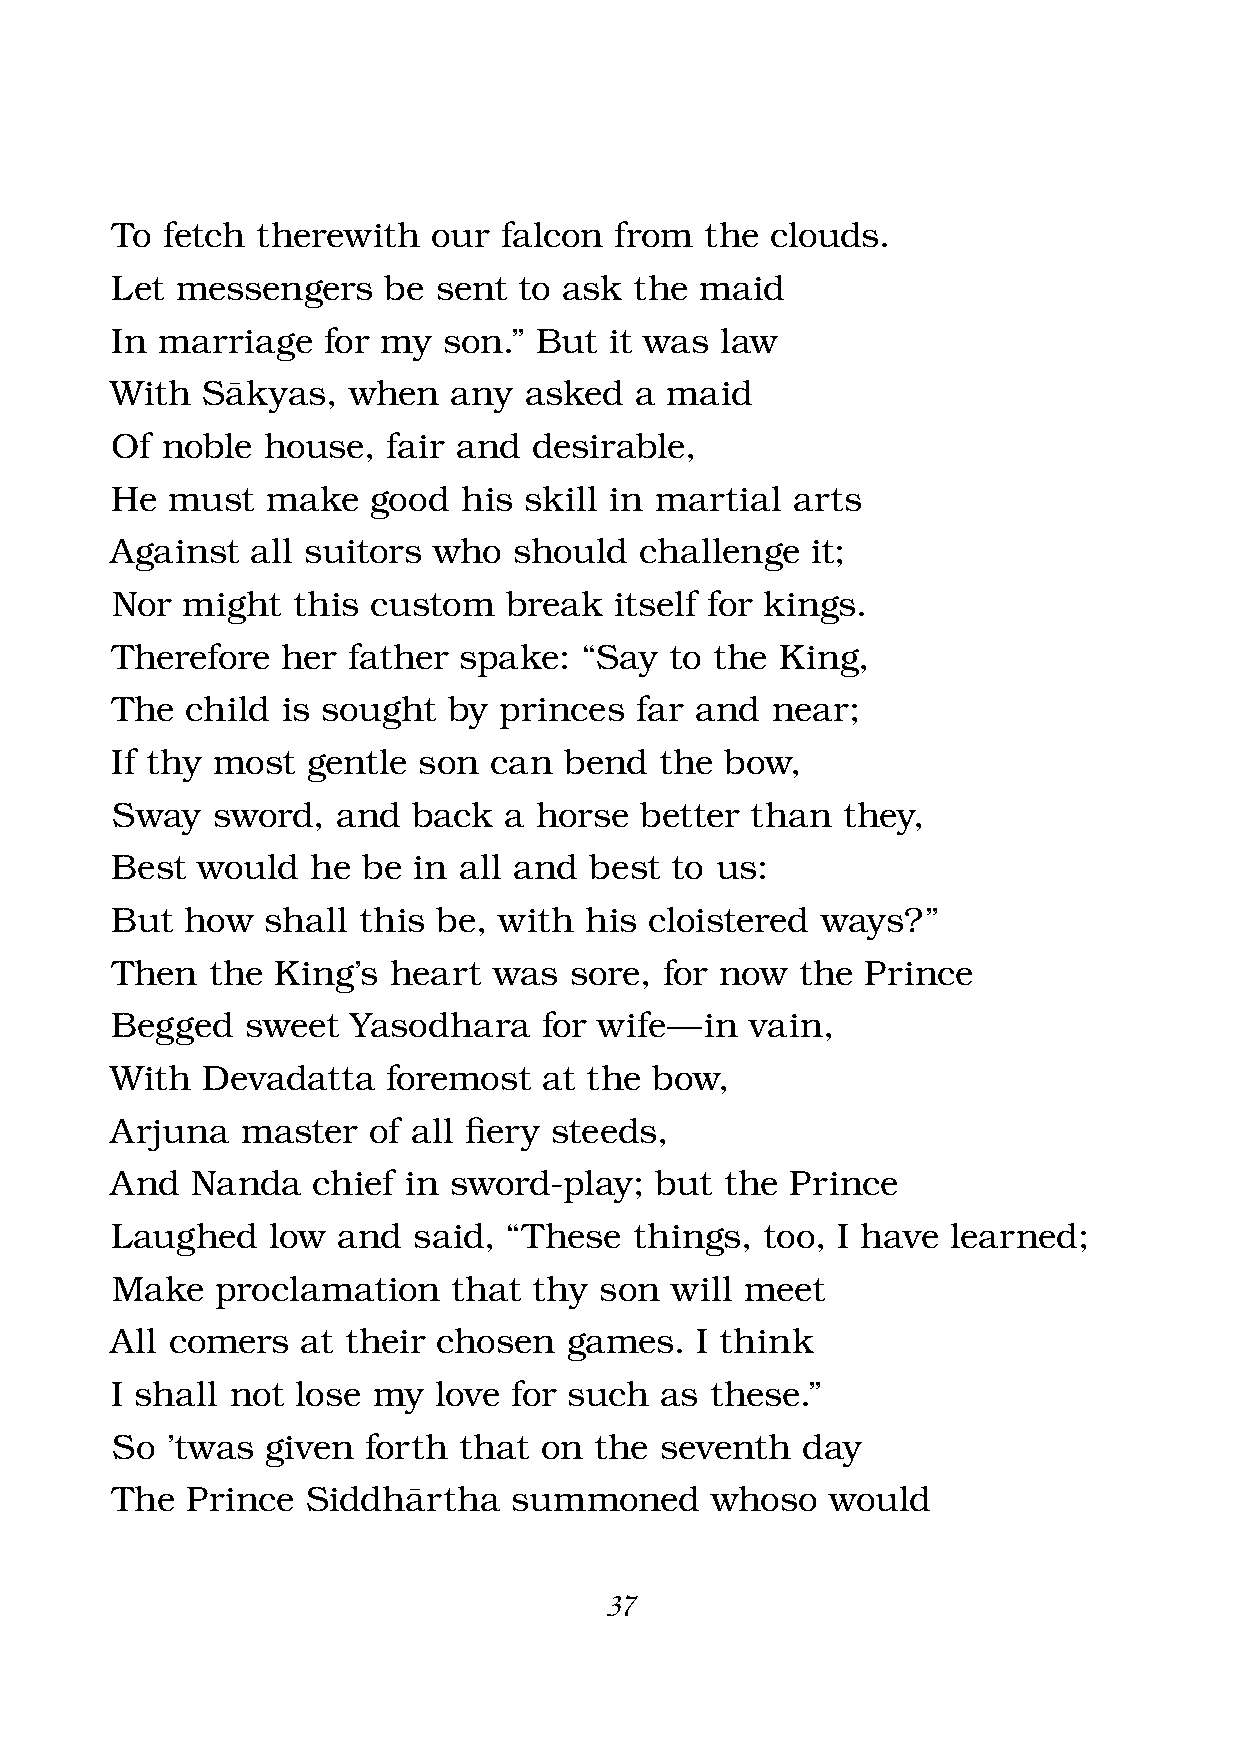
To  fetch therewith   our falcon  from  the clouds.
 Let  messengers   be  sent to ask  the maid
 In marriage   for my  son.” But  it was  law
 With  Sàkyas,   when   any  asked  a maid
 Of  noble house,   fair and desirable,
 He  must   make   good  his skill in martial arts
 Against   all suitors who  should  challenge   it;
 Nor  might  this  custom  break   itself for kings.
 Therefore   her father spake:  “Say  to the  King,
 The  child  is sought  by princes  far and  near;
 If thy most  gentle  son can  bend   the bow,
 Sway   sword,  and  back  a horse  better  than  they,
 Best  would   he be in all and  best to us:
 But  how  shall  this be, with  his cloistered ways?”
 Then   the King’s  heart  was  sore, for now  the Prince
 Begged   sweet  Yasodhara    for wife — in vain,
 With  Devadatta    foremost  at the bow,
 Arjuna   master  of all fi ery steeds,
 And   Nanda   chief in sword-play;  but  the Prince
 Laughed    low and  said,  “These  things,  too, I have learned;
 Make   proclamation    that thy  son will meet
 All comers   at their chosen   games.  I think
 I shall not  lose my  love for such  as these.”
 So  ’twas  given forth that  on the  seventh  day
 The  Prince  Siddhàrtha    summoned     whoso   would
 37